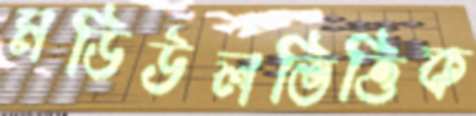
মডিউলভিত্তিক